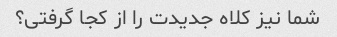
شما نیز کلاه جدیدت را از کجا گرفتی؟